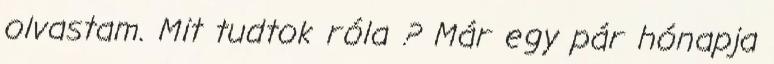
olvastam. Mit tudtok róla ? Már egy pár hónapja